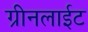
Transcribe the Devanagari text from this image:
ग्रीनलाईट